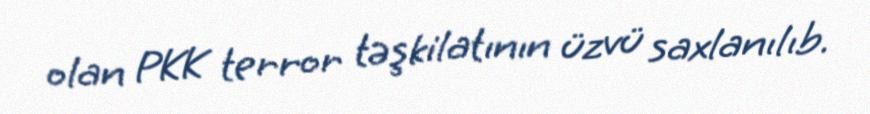
olan PKK terror təşkilatının üzvü saxlanılıb.